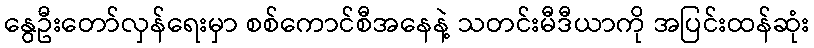
နွေဦးတော်လှန်ရေးမှာ စစ်ကောင်စီအနေနဲ့ သတင်းမီဒီယာကို အပြင်းထန်ဆုံး